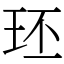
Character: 㺽